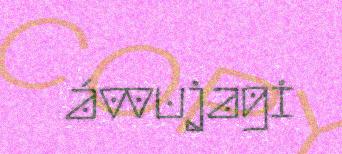
ávvujagi